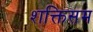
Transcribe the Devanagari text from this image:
शक्तिसम